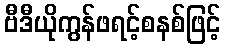
ဗီဒီယိုကွန်ဖရင့်စနစ်ဖြင့်